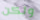
ولكن